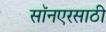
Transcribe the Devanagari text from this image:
सॉनएरसाठी